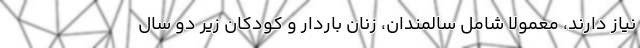
نیاز دارند، معمولا شامل سالمندان، زنان باردار و کودکان زیر دو سال